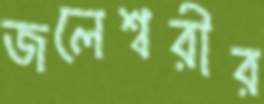
জলেশ্বরীর